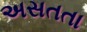
અસતતા